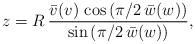
LaTeX: \begin{align*}z=R\,\frac{\bar v(v)\,\cos \left( \pi/2\,\bar w(w)\right) }{\sin\left( \pi/2\,\bar w(w)\right) },\end{align*}